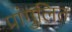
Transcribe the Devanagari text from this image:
प्रांगुलित